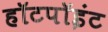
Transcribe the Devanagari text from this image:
हॉटपॉइंट